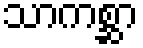
သာကစ္ဆာ